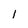
Character: 1